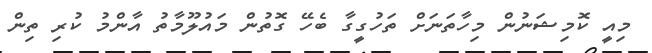
މިއީ ކޮމިޝަނުން މިހާތަނަށް ތަހުގީގާ ބެހޭ ގޮތުން މައުލޫމާތު އާންމު ކުރި ތިން